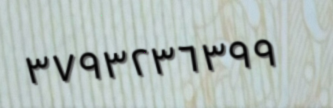
٣٧٩٣٢٣٦٣٩٩